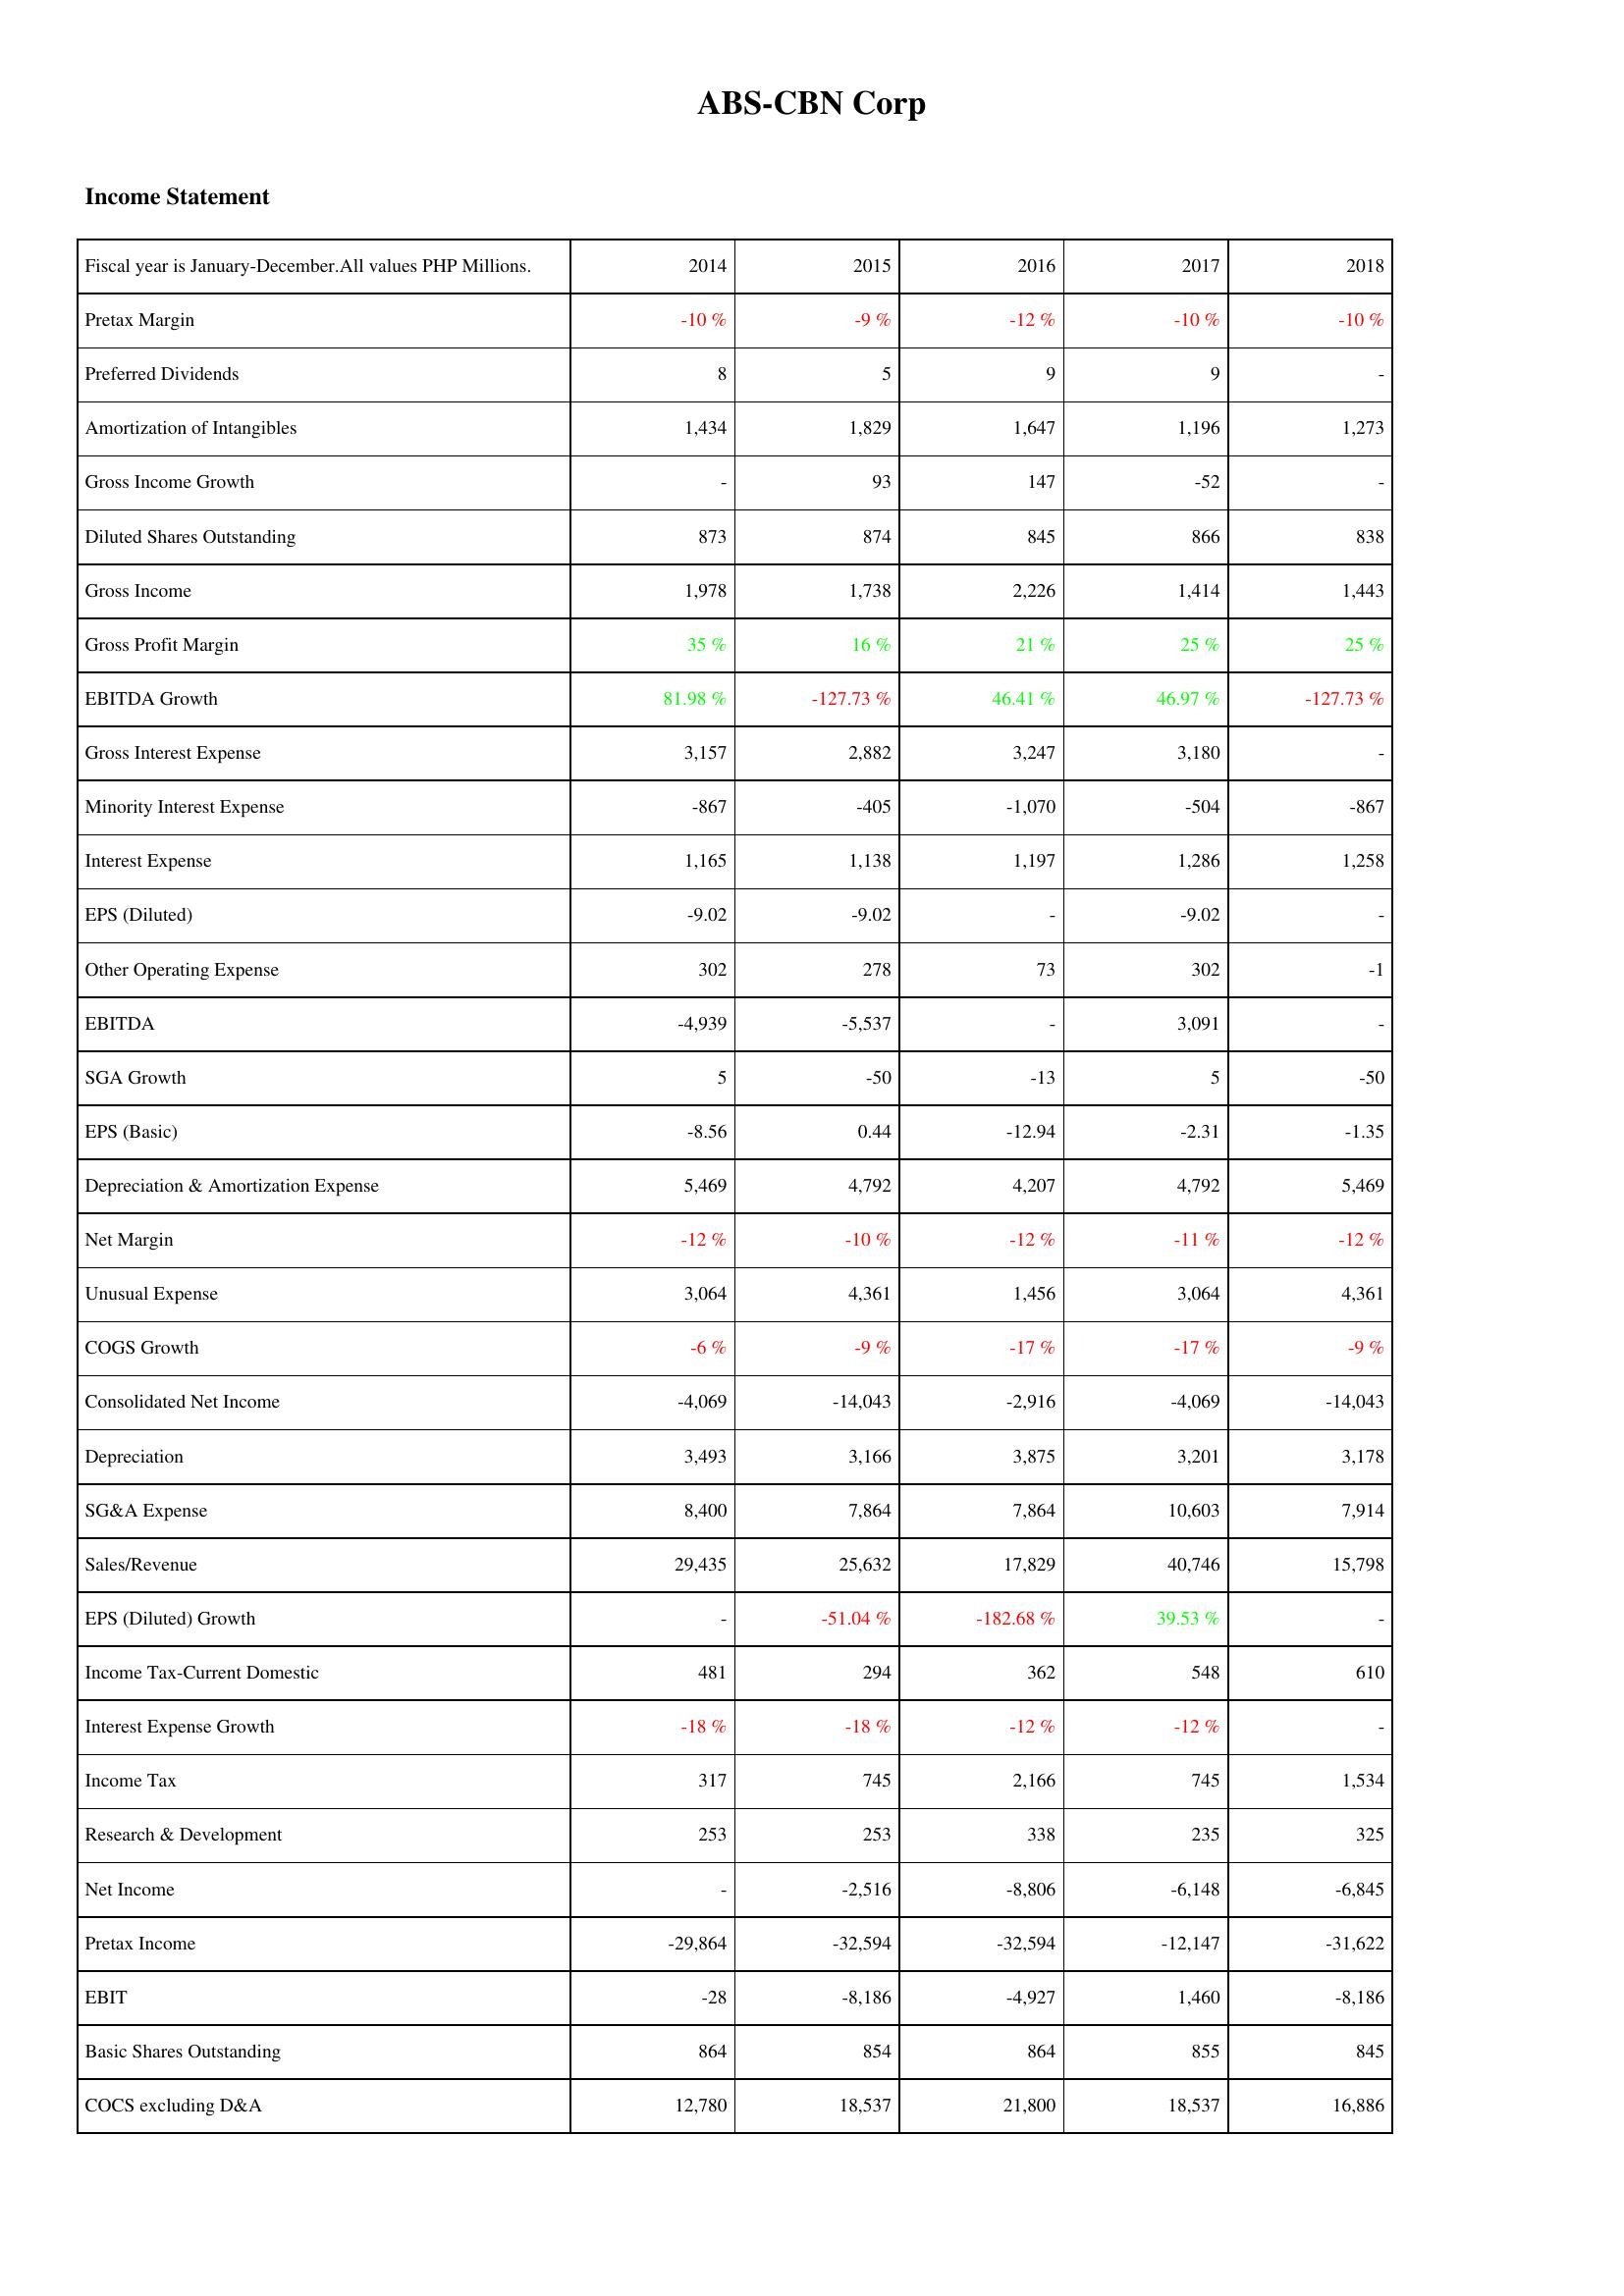
2014: Income Statement: Pretax Margin: -10 %
Preferred Dividends: 8
Amortization of Intangibles: 1,434
Gross Income Growth: -
Diluted Shares Outstanding: 873
Gross Income: 1,978
Gross Profit Margin: 35 %
EBITDA Growth: 81.98 %
Gross Interest Expense: 3,157
Minority Interest Expense: -867
Interest Expense: 1,165
EPS (Diluted): -9.02
Other Operating Expense: 302
EBITDA: -4,939
SGA Growth: 5
EPS (Basic): -8.56
Depreciation & Amortization Expense: 5,469
Net Margin: -12 %
Unusual Expense: 3,064
COGS Growth: -6 %
Consolidated Net Income: -4,069
Depreciation: 3,493
SG&A Expense: 8,400
Sales/Revenue: 29,435
EPS (Diluted) Growth: -
Income Tax-Current Domestic: 481
Interest Expense Growth: -18 %
Income Tax: 317
Research & Development: 253
Net Income: -
Pretax Income: -29,864
EBIT: -28
Basic Shares Outstanding: 864
COCS excluding D&A: 12,780
2015: Income Statement: Pretax Margin: -9 %
Preferred Dividends: 5
Amortization of Intangibles: 1,829
Gross Income Growth: 93
Diluted Shares Outstanding: 874
Gross Income: 1,738
Gross Profit Margin: 16 %
EBITDA Growth: -127.73 %
Gross Interest Expense: 2,882
Minority Interest Expense: -405
Interest Expense: 1,138
EPS (Diluted): -9.02
Other Operating Expense: 278
EBITDA: -5,537
SGA Growth: -50
EPS (Basic): 0.44
Depreciation & Amortization Expense: 4,792
Net Margin: -10 %
Unusual Expense: 4,361
COGS Growth: -9 %
Consolidated Net Income: -14,043
Depreciation: 3,166
SG&A Expense: 7,864
Sales/Revenue: 25,632
EPS (Diluted) Growth: -51.04 %
Income Tax-Current Domestic: 294
Interest Expense Growth: -18 %
Income Tax: 745
Research & Development: 253
Net Income: -2,516
Pretax Income: -32,594
EBIT: -8,186
Basic Shares Outstanding: 854
COCS excluding D&A: 18,537
2016: Income Statement: Pretax Margin: -12 %
Preferred Dividends: 9
Amortization of Intangibles: 1,647
Gross Income Growth: 147
Diluted Shares Outstanding: 845
Gross Income: 2,226
Gross Profit Margin: 21 %
EBITDA Growth: 46.41 %
Gross Interest Expense: 3,247
Minority Interest Expense: -1,070
Interest Expense: 1,197
EPS (Diluted): -
Other Operating Expense: 73
EBITDA: -
SGA Growth: -13
EPS (Basic): -12.94
Depreciation & Amortization Expense: 4,207
Net Margin: -12 %
Unusual Expense: 1,456
COGS Growth: -17 %
Consolidated Net Income: -2,916
Depreciation: 3,875
SG&A Expense: 7,864
Sales/Revenue: 17,829
EPS (Diluted) Growth: -182.68 %
Income Tax-Current Domestic: 362
Interest Expense Growth: -12 %
Income Tax: 2,166
Research & Development: 338
Net Income: -8,806
Pretax Income: -32,594
EBIT: -4,927
Basic Shares Outstanding: 864
COCS excluding D&A: 21,800
2017: Income Statement: Pretax Margin: -10 %
Preferred Dividends: 9
Amortization of Intangibles: 1,196
Gross Income Growth: -52
Diluted Shares Outstanding: 866
Gross Income: 1,414
Gross Profit Margin: 25 %
EBITDA Growth: 46.97 %
Gross Interest Expense: 3,180
Minority Interest Expense: -504
Interest Expense: 1,286
EPS (Diluted): -9.02
Other Operating Expense: 302
EBITDA: 3,091
SGA Growth: 5
EPS (Basic): -2.31
Depreciation & Amortization Expense: 4,792
Net Margin: -11 %
Unusual Expense: 3,064
COGS Growth: -17 %
Consolidated Net Income: -4,069
Depreciation: 3,201
SG&A Expense: 10,603
Sales/Revenue: 40,746
EPS (Diluted) Growth: 39.53 %
Income Tax-Current Domestic: 548
Interest Expense Growth: -12 %
Income Tax: 745
Research & Development: 235
Net Income: -6,148
Pretax Income: -12,147
EBIT: 1,460
Basic Shares Outstanding: 855
COCS excluding D&A: 18,537
2018: Income Statement: Pretax Margin: -10 %
Preferred Dividends: -
Amortization of Intangibles: 1,273
Gross Income Growth: -
Diluted Shares Outstanding: 838
Gross Income: 1,443
Gross Profit Margin: 25 %
EBITDA Growth: -127.73 %
Gross Interest Expense: -
Minority Interest Expense: -867
Interest Expense: 1,258
EPS (Diluted): -
Other Operating Expense: -1
EBITDA: -
SGA Growth: -50
EPS (Basic): -1.35
Depreciation & Amortization Expense: 5,469
Net Margin: -12 %
Unusual Expense: 4,361
COGS Growth: -9 %
Consolidated Net Income: -14,043
Depreciation: 3,178
SG&A Expense: 7,914
Sales/Revenue: 15,798
EPS (Diluted) Growth: -
Income Tax-Current Domestic: 610
Interest Expense Growth: -
Income Tax: 1,534
Research & Development: 325
Net Income: -6,845
Pretax Income: -31,622
EBIT: -8,186
Basic Shares Outstanding: 845
COCS excluding D&A: 16,886